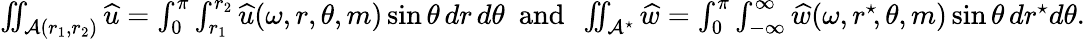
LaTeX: \begin{array}{r}{\iint_{\mathcal{A}(r_{1},r_{2})}{\widehat{u}}=\int_{0}^{\pi}\int_{r_{1}}^{r_{2}}{\widehat{u}}(\omega,r,\theta,m)\sin\theta\, dr\, d\theta\ \ \textrm{and}\ \ \iint_{\mathcal{A}^{\star}}\widehat{w}=\int_{0}^{\pi}\int_{-\infty}^{\infty}\widehat{w}(\omega,r^{\star}\! ,\theta,m)\sin\theta\, dr^{\star}\! \, d\theta.}\end{array}